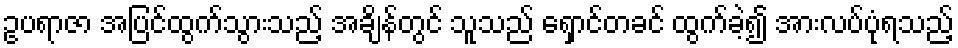
ဥပရာဇာ အပြင်ထွက်သွားသည့် အချိန်တွင် သူသည် ရှောင်တခင် ထွက်ခဲ့၍ အားလပ်ပုံရသည့်